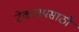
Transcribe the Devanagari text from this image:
टेकअपसाठी